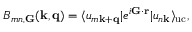
B _ { m n , \mathbf G } ( \mathbf k , \mathbf q ) = \langle u _ { m \mathbf k + \mathbf q } | e ^ { i { \bf G } \cdot { \bf r } } | u _ { n \mathbf k } \rangle _ { \mathrm { u c } } ,